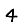
Digit: 4